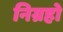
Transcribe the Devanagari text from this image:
निग्रहो